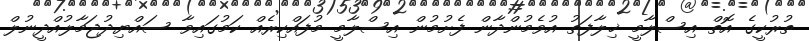
ތުރުކީގެ އޮތް އިސްލާމީ ޚިލާފަތު އުވެމުންދާން ފެށުމުން އިސްލާމީ މުފައްކިރެއް ކަމުގައިވާ ސައްޔިދުޖަމާލުއްދީނުލް